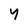
Character: Y